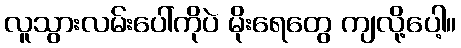
လူသွားလမ်းပေါ်ကိုပဲ မိုးရေတွေ ကျလို့ပေါ့။